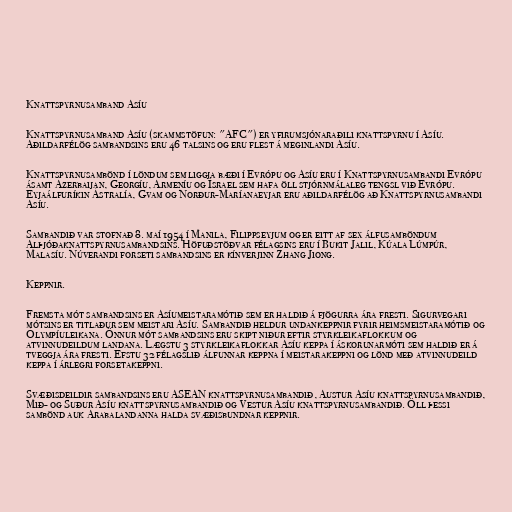
Knattspyrnusamband Asíu

Knattspyrnusamband Asíu (skammstöfun: "AFC") er yfirumsjónaraðili knattspyrnu í Asíu.
Aðildarfélög sambandsins eru 46 talsins og eru flest á meginlandi Asíu.

Knattspyrnusambönd í löndum sem liggja bæði í Evrópu og Asíu eru í Knattspyrnusambandi Evrópu
ásamt Azerbaijan, Georgíu, Armeníu og Ísrael sem hafa öll stjórnmálaleg tengsl við Evrópu.
Eyjaálfuríkin Ástralía, Gvam og Norður-Maríanaeyjar eru aðildarfélög að Knattspyrnusambandi
Asíu.

Sambandið var stofnað 8. maí 1954 í Manila, Filippseyjum og er eitt af sex álfusamböndum
Alþjóðaknattspyrnusambandsins. Höfuðstöðvar félagsins eru í Bukit Jalil, Kúala Lúmpúr,
Malasíu. Núverandi forseti sambandsins er kínverjinn Zhang Jiong.

Keppnir.

Fremsta mót sambandsins er Asíumeistaramótið sem er haldið á fjögurra ára fresti. Sigurvegari
mótsins er titlaður sem meistari Asíu. Sambandið heldur undankeppnir fyrir heimsmeistaramótið og
Ólympíuleikana. Önnur mót sambandsins eru skipt niður eftir styrkleikaflokkum og
atvinnudeildum landana. Lægstu 3 styrkleikaflokkar Asíu keppa í áskorunarmóti sem haldið er á
tveggja ára fresti. Efstu 32 félagslið álfunnar keppna í meistarakeppni og lönd með atvinnudeild
keppa í árlegri forsetakeppni.

Svæðisdeildir sambandsins eru ASEAN knattspyrnusambandið, Austur Asíu knattspyrnusambandið,
Mið- og Suður Asíu knattspyrnusambandið og Vestur Asíu knattspyrnusambandið. Öll þessi
sambönd auk Arabalandanna halda svæðisbundnar keppnir.